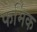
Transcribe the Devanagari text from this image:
फर्मिक